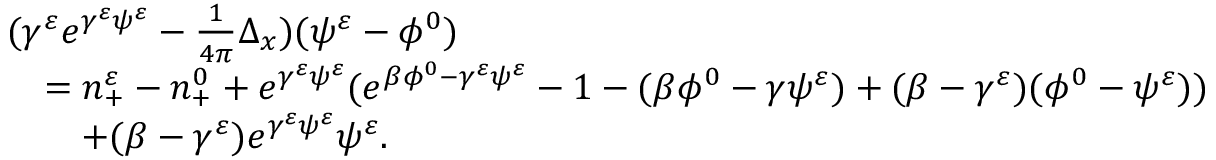
\begin{array} { r l } & { ( \gamma ^ { \varepsilon } e ^ { \gamma ^ { \varepsilon } \psi ^ { \varepsilon } } - \frac { 1 } { 4 \pi } \Delta _ { x } ) ( \psi ^ { \varepsilon } - \phi ^ { 0 } ) } \\ & { \quad = n _ { + } ^ { \varepsilon } - n _ { + } ^ { 0 } + e ^ { \gamma ^ { \varepsilon } \psi ^ { \varepsilon } } ( e ^ { \beta \phi ^ { 0 } - \gamma ^ { \varepsilon } \psi ^ { \varepsilon } } - 1 - ( \beta \phi ^ { 0 } - \gamma \psi ^ { \varepsilon } ) + ( \beta - \gamma ^ { \varepsilon } ) ( \phi ^ { 0 } - \psi ^ { \varepsilon } ) ) } \\ & { \quad \quad + ( \beta - \gamma ^ { \varepsilon } ) e ^ { \gamma ^ { \varepsilon } \psi ^ { \varepsilon } } \psi ^ { \varepsilon } . } \end{array}